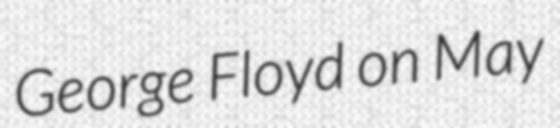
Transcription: George Floyd on May